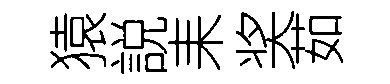
猿説耒奖茹